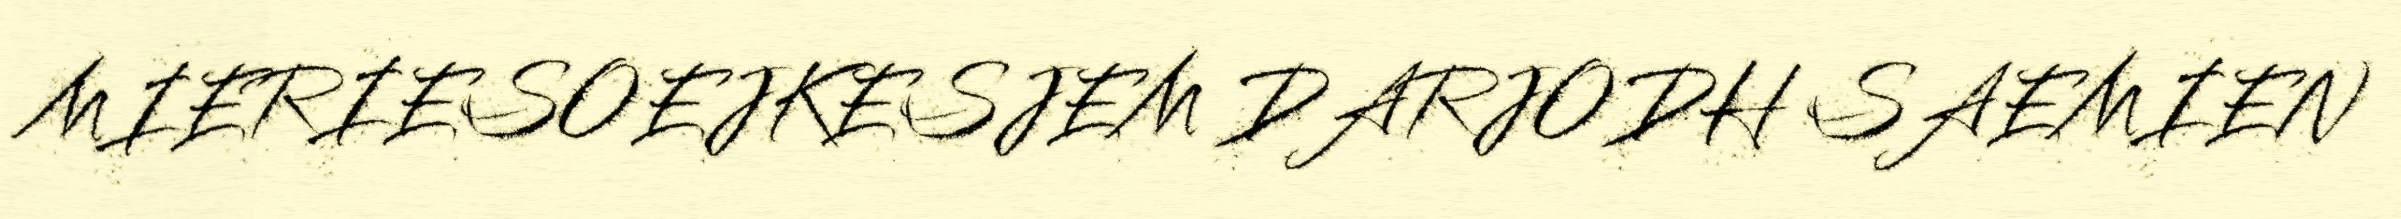
MIERIESOEJKESJEM DARJODH SAEMIEN